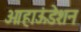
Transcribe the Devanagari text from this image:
ओहाऊंडेशन